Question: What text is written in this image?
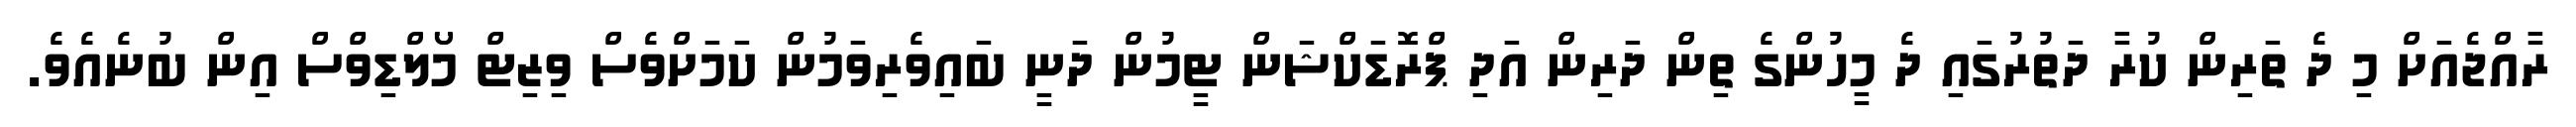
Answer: ރާއްޖެއަށް މި ދެ ތަރިން ކުރާ ދަތުރުގައި ދެ މީހުންގެ ތިން ދަރިން އަދި ޕްރޮޑަކްޝަން ޓީމުން ދަނީ ބައިވެރިވަމުން ކަމަށްވެސް ވިޒިޓް މޯލްޑިވްސް އިން ބުނެއެވެ.